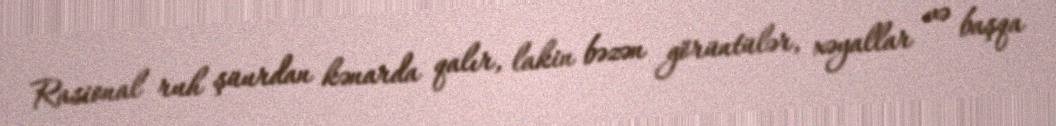
Rasional ruh şüurdan kənarda qalır, lakin bəzən görüntülər, xəyallar və başqa